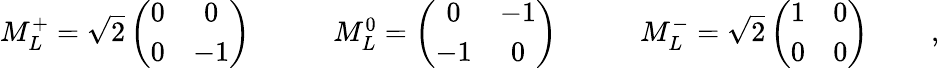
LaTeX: \begin{array}{lll}{{M_{L}^{+}=\sqrt{2}\left(\begin{array}{cc}{{0}}&{{0}}\\ {{0}}&{{-1}}\end{array}\right)\; \; \; \; \; \; \; }}&{{M_{L}^{0}=\left(\begin{array}{cc}{{0}}&{{-1}}\\ {{-1}}&{{0}}\end{array}\right)\; \; \; \; \; \; \; }}&{{M_{L}^{-}=\sqrt{2}\left(\begin{array}{cc}{{1}}&{{0}}\\ {{0}}&{{0}}\end{array}\right)\; \; \; \; \; \; \; }}\end{array}\; ,